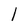
Character: l